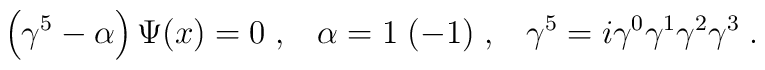
\left(\gamma^5-\alpha\right)\Psi (x) = 0\;,\;\;\;\alpha = 1\;(-1)\;,\;\;\;\gamma^5=i\gamma^0\gamma^1\gamma^2\gamma^3\;.